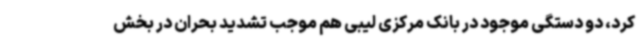
کرد، دو دستگی موجود در بانک مرکزی لیبی هم موجب تشدید بحران در بخش